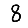
Digit: 8